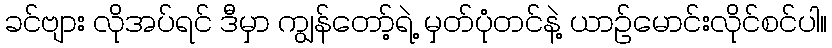
ခင်ဗျား လိုအပ်ရင် ဒီမှာ ကျွန်တော့်ရဲ့ မှတ်ပုံတင်နဲ့ ယာဉ်မောင်းလိုင်စင်ပါ။